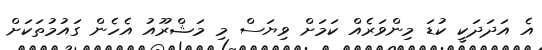
އެ އަދަދަކީ ކުޑަ މިންވަރެއް ކަމަށް ވިޔަސް މި މަޝްރޫއު އެހެން ގައުމުތަކަށް